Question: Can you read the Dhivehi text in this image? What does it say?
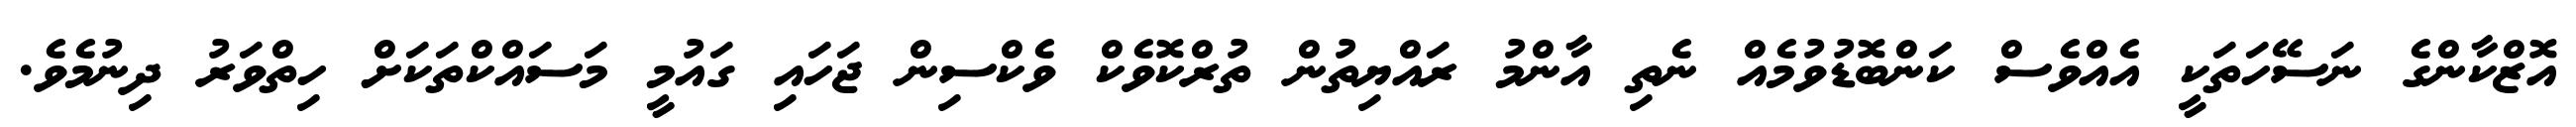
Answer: އޮޒްކާންގެ ނަސޭހަތަކީ އެއްވެސް ކަންބޮޑުވުމެއް ނެތި އާންމު ރައްޔިތުން ތުރްކޮވެކް ވެކްސިން ޖަހައި ގައުމީ މަސައްކްތަކަށް ހިތްވަރު ދިނުމެވެ.